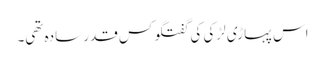
اس پہاڑی لڑکی کی گفتگو کس قدر سادہ تھی۔